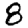
Digit: 8